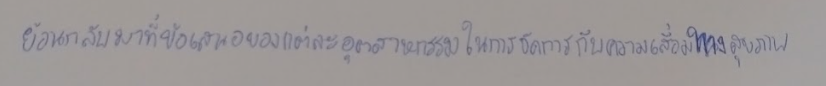
ย้อนกลับมาที่ข้อเสนอของแต่ละอุตสาหกรรมในการจัดการกับความเสื่อมทางสุขภาพ